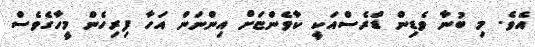
އެވެ. މި ބުނާ ވެޑިން ޑްރެސްއަކީ ކާވެންޏަށް އިންނަން އަހާ ފިރިހެން މީހާގެވެސް